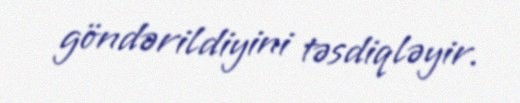
göndərildiyini təsdiqləyir.